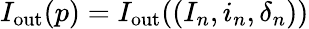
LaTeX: I_{\mathrm{out}}(p)=I_{\mathrm{out}}((I_{n},i_{n},\delta_{n}))